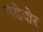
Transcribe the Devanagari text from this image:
गंडेदोर